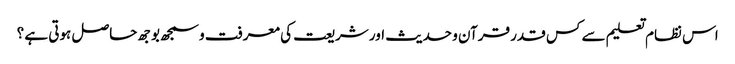
اس نظام تعلیم سے کس قدر قرآن و حدیث اور شریعت کی معرفت و سمجھ بوجھ حاصل ہوتی ہے ؟